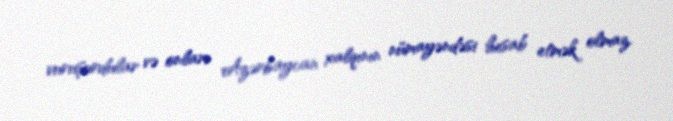
vuruşurdular və onları Azərbaycan xalqının nümayəndəsi hesab etmək olmaz.